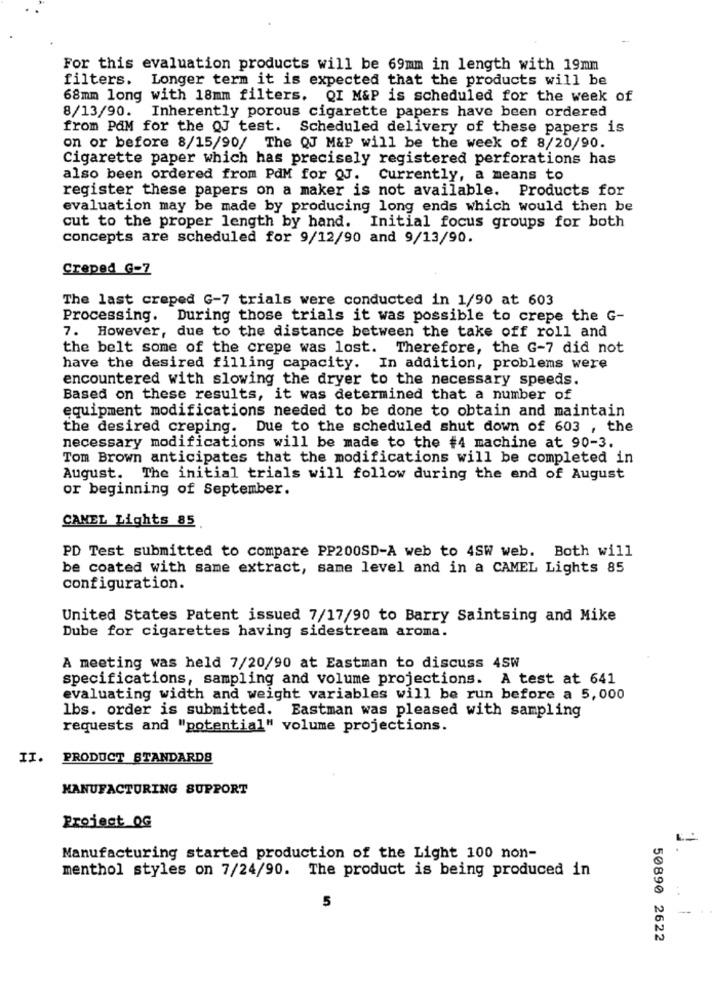
For this evaluation products will be 69mm in length with 19mm
filters. Longer term it is expected that the products will be
68mm long with 18mm filters. QI M&P is scheduled for the week of
8/13/90.
Inherently porous cigarette papers have been ordered
from PAM for the QJ test. Scheduled delivery of these papers is
on or before 8/15/90/ The QJ M&P will be the week of 8/20/90.
Cigarette paper which has precisely registered perforations has
also been ordered from PdM for QJ. Currently, a means to
register these papers on a maker is not available. Products for
evaluation may be made by producing long ends which would then be
cut to the proper length by hand. Initial focus groups for both
concepts are scheduled for 9/12/90 and 9/13/90.
Creped G-7
The last creped G-7 trials were conducted in 1/90 at 603
Processing. During those trials it was possible to crepe the G-
7. However, due to the distance between the take off roll and
the belt some of the crepe was lost. Therefore, the G-7 did not
have the desired filling capacity. In addition, problems were
encountered with slowing the dryer to the necessary speeds.
Based on these results, it was determined that a number of
equipment modifications needed to be done to obtain and maintain
the desired creping. Due to the scheduled shut down of 603 , the
necessary modifications will be made to the #4 machine at 90-3.
Tom Brown anticipates that the modifications will be completed in
August.
The initial trials will follow during the end of August
or beginning of September.
CANEL Lights 85
PD Test submitted to compare PP200SD-A web to 4SW web. Both will
be coated with same extract, same level and in a CAMEL Lights 85
configuration.
United States Patent issued 7/17/90 to Barry Saintsing and Mike
Dube for cigarettes having sidestream aroma.
A meeting was held 7/20/90 at Eastman to discuss 4SW
specifications, sampling and volume projections. A test at 641
evaluating width and weight variables will be run before a 5,000
lbs. order is submitted. Eastman was pleased with sampling
requests and "potential" volume projections.
II.
PRODUCT STANDARDS
MANUFACTURING SUPPORT
Project OG
Manufacturing started production of the Light 100 non-
menthol styles on 7/24/90. The product is being produced in
5
50890 2622